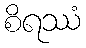
စိရဿံ